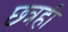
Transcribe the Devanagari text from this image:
छ्त्रही